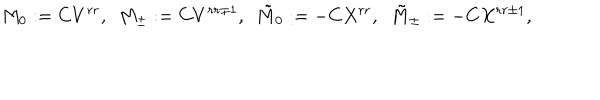
LaTeX: M _ { 0 } : = C V ^ { r r } , \ \ M _ { \pm } : = C V ^ { r r \pm 1 } , \ \ { \tilde { M } } _ { 0 } : = - C X ^ { r r } , \ \ { \tilde { M } } _ { \pm } : = - C X ^ { r r \pm 1 } ,